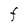
Character: F